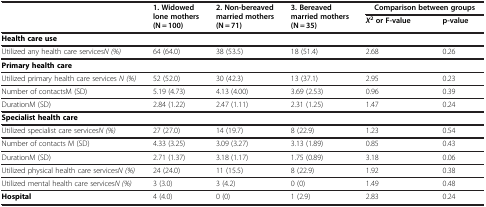
<table><thead><tr><td rowspan="2"><b> </b></td><td rowspan="2"><b>1. Widowed lone mothers (N = 100)</b></td><td rowspan="2"><b>2. Non-bereaved married mothers (N = 71)</b></td><td rowspan="2"><b>3. Bereaved married mothers (N = 35)</b></td><td colspan="2"><b>Comparison between groups</b></td></tr><tr><td><b><i>X</i><sup>2</sup>or F-value</b></td><td><b>p-value</b></td></tr></thead><tbody><tr><td><b>Health care use</b></td><td> </td><td> </td><td> </td><td> </td><td> </td></tr><tr><td>Utilized any health care services <i>N (%)</i></td><td>64 (64.0)</td><td>38 (53.5)</td><td>18 (51.4)</td><td>2.68</td><td>0.26</td></tr><tr><td><b>Primary health care</b></td><td> </td><td> </td><td> </td><td> </td><td> </td></tr><tr><td>Utilized primary health care services <i>N (%)</i></td><td>52 (52.0)</td><td>30 (42.3)</td><td>13 (37.1)</td><td>2.95</td><td>0.23</td></tr><tr><td>Number of contactsM (SD)</td><td>5.19 (4.73)</td><td>4.13 (4.00)</td><td>3.69 (2.53)</td><td>0.96</td><td>0.39</td></tr><tr><td>DurationM (SD)</td><td>2.84 (1.22)</td><td>2.47 (1.11)</td><td>2.31 (1.25)</td><td>1.47</td><td>0.24</td></tr><tr><td><b>Specialist health care</b></td><td> </td><td> </td><td> </td><td> </td><td> </td></tr><tr><td>Utilized specialist care services<i>N (%)</i></td><td>27 (27.0)</td><td>14 (19.7)</td><td>8 (22.9)</td><td>1.23</td><td>0.54</td></tr><tr><td>Number of contacts M (SD)</td><td>4.33 (3.25)</td><td>3.09 (3.27)</td><td>3.13 (1.89)</td><td>0.85</td><td>0.43</td></tr><tr><td>DurationM (SD)</td><td>2.71 (1.37)</td><td>3.18 (1.17)</td><td>1.75 (0.89)</td><td>3.18</td><td>0.06</td></tr><tr><td>Utilized physical health care services <i>N (%)</i></td><td>24 (24.0)</td><td>11 (15.5)</td><td>8 (22.9)</td><td>1.92</td><td>0.38</td></tr><tr><td>Utilized mental health care services <i>N (%)</i></td><td>3 (3.0)</td><td>3 (4.2)</td><td>0 (0)</td><td>1.49</td><td>0.48</td></tr><tr><td><b>Hospital</b></td><td>4 (4.0)</td><td>0 (0)</td><td>1 (2.9)</td><td>2.83</td><td>0.24</td></tr></tbody></table>